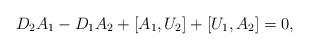
LaTeX: \begin{align*}D_2A_1-D_1A_2+[A_1,U_2]+[U_1,A_2]=0,\end{align*}